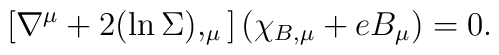
\left[\nabla ^\mu + 2 (\ln\Sigma),_{\mu}\right] (\chi_{B,\mu} +e B_\mu) =0.